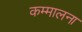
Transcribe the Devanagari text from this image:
कम्मालना